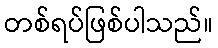
တစ်ရပ်ဖြစ်ပါသည်။